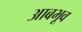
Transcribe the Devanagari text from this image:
आबभूव